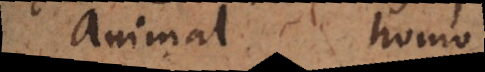
animal homo